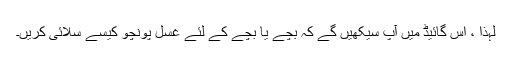
لہذا ، اس گائیڈ میں آپ سیکھیں گے کہ بچے یا بچے کے لئے غسل پونچو کیسے سلائی کریں۔